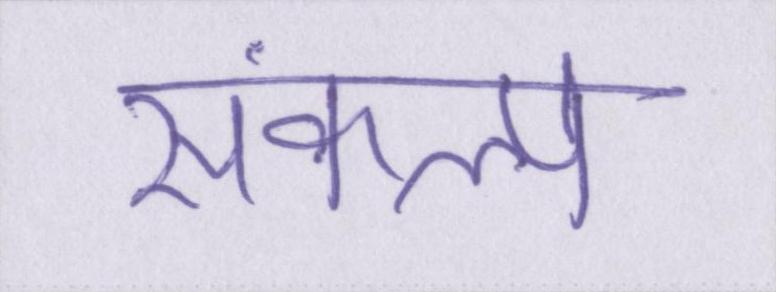
संकल्प